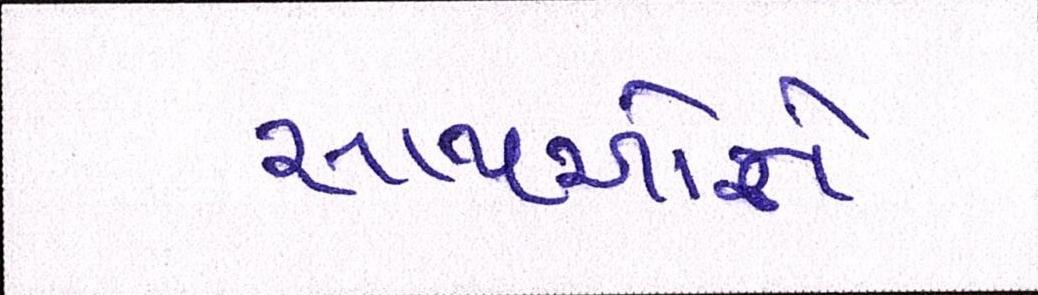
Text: સાથીઓને